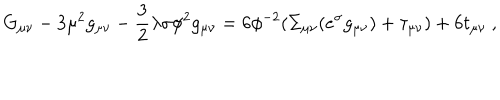
G _ { \mu \nu } - 3 \mu ^ { 2 } g _ { \mu \nu } - \frac { 3 } { 2 } \lambda \sigma \phi ^ { 2 } g _ { \mu \nu } = 6 \phi ^ { - 2 } ( \Sigma _ { \mu \nu } ( e ^ { \sigma } g _ { \mu \nu } ) + \tau _ { \mu \nu } ) + 6 t _ { \mu \nu } ~ ,